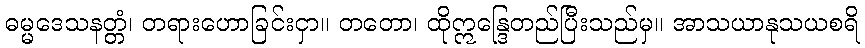
ဓမ္မဒေသနတ္တံ၊ တရားဟောခြင်းငှာ။ တတော၊ ထိုဣန္ဒြေတည်ပြီးသည်မှ။ အာသယာနုသယစရိ